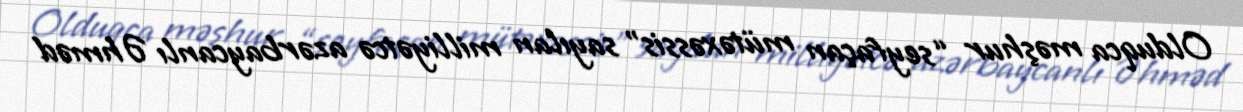
Olduqca məşhur “seyfaçan mütəxəssis” sayılan milliyətcə azərbaycanlı Əhməd